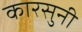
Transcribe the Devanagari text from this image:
कारसुनी